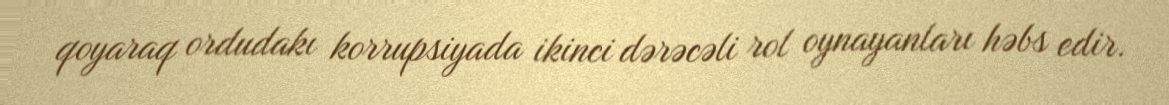
qoyaraq ordudakı korrupsiyada ikinci dərəcəli rol oynayanları həbs edir.